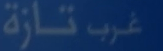
غرب تازة